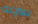
بسرعه